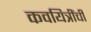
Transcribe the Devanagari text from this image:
कवयित्रींची